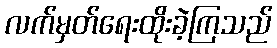
လက်မှတ်ရေးထိုးခဲ့ကြသည်